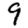
Digit: 9